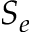
S _ { e }